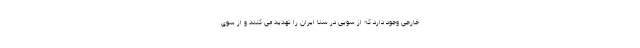
خارجی وجود دارد که از سویی در سنا ایران را تهدید می کنند و از سوی